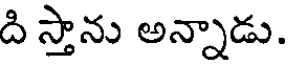
ది స్తాను అన్నాడు.